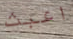
اعبث